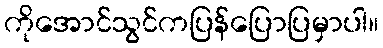
ကိုအောင်သွင်ကပြန်ပြောပြမှာပါ။